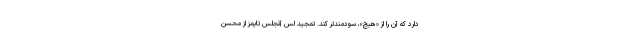
دارد که آن را از «هیچ»، سودمندتر کند. تمجید لس آنجلس تایمز از محسن